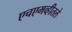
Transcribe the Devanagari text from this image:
एचएमव्हीतले